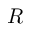
\boldsymbol { R }